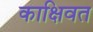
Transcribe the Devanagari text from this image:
काक्षिवत